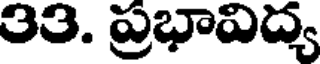
33. ప్రభావిద్య